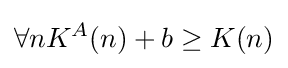
\forall nK^{A}(n)+b\geq K(n)